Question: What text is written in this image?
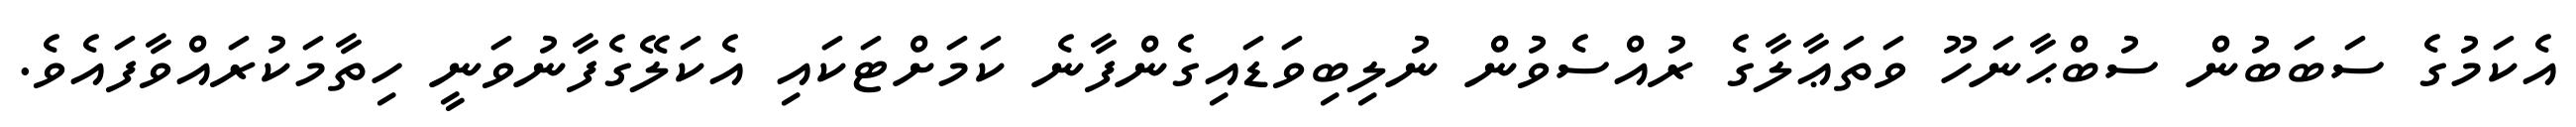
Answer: އެކަމުގެ ސަބަބުން ސުބްޙާނަހޫ ވަތަޢާލާގެ ރުއްސެވުން ނުލިބިވަޑައިގެންފާނެ ކަމަށްޓަކައި އެކަލޭގެފާނުވަނީ ހިތާމަކުރައްވާފައެވެ.